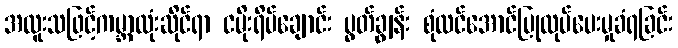
အထူးသဖြင့်ကမ္ဘာလုံးဆိုင်ရာ ငမိုးရိပ်ချောင်း ပွတ်ချွန်း စုံလင်အောင်ပြုလုပ်ပေးမှုခံရခြင်း